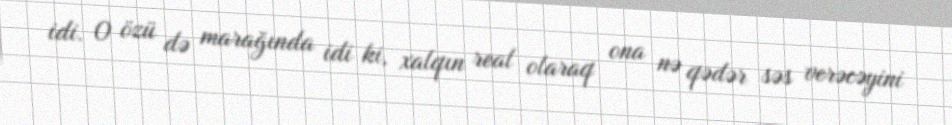
idi. O özü də marağında idi ki, xalqın real olaraq ona nə qədər səs verəcəyini